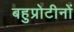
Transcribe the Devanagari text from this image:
बहुप्रोटीनों